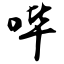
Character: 哔